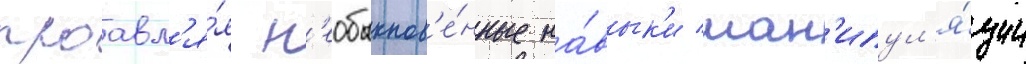
проавл'я́я н'еобыкнов'е́нные на́вык'и ман'ипул'я́ции